Kihnu_vallakohus, lk 4
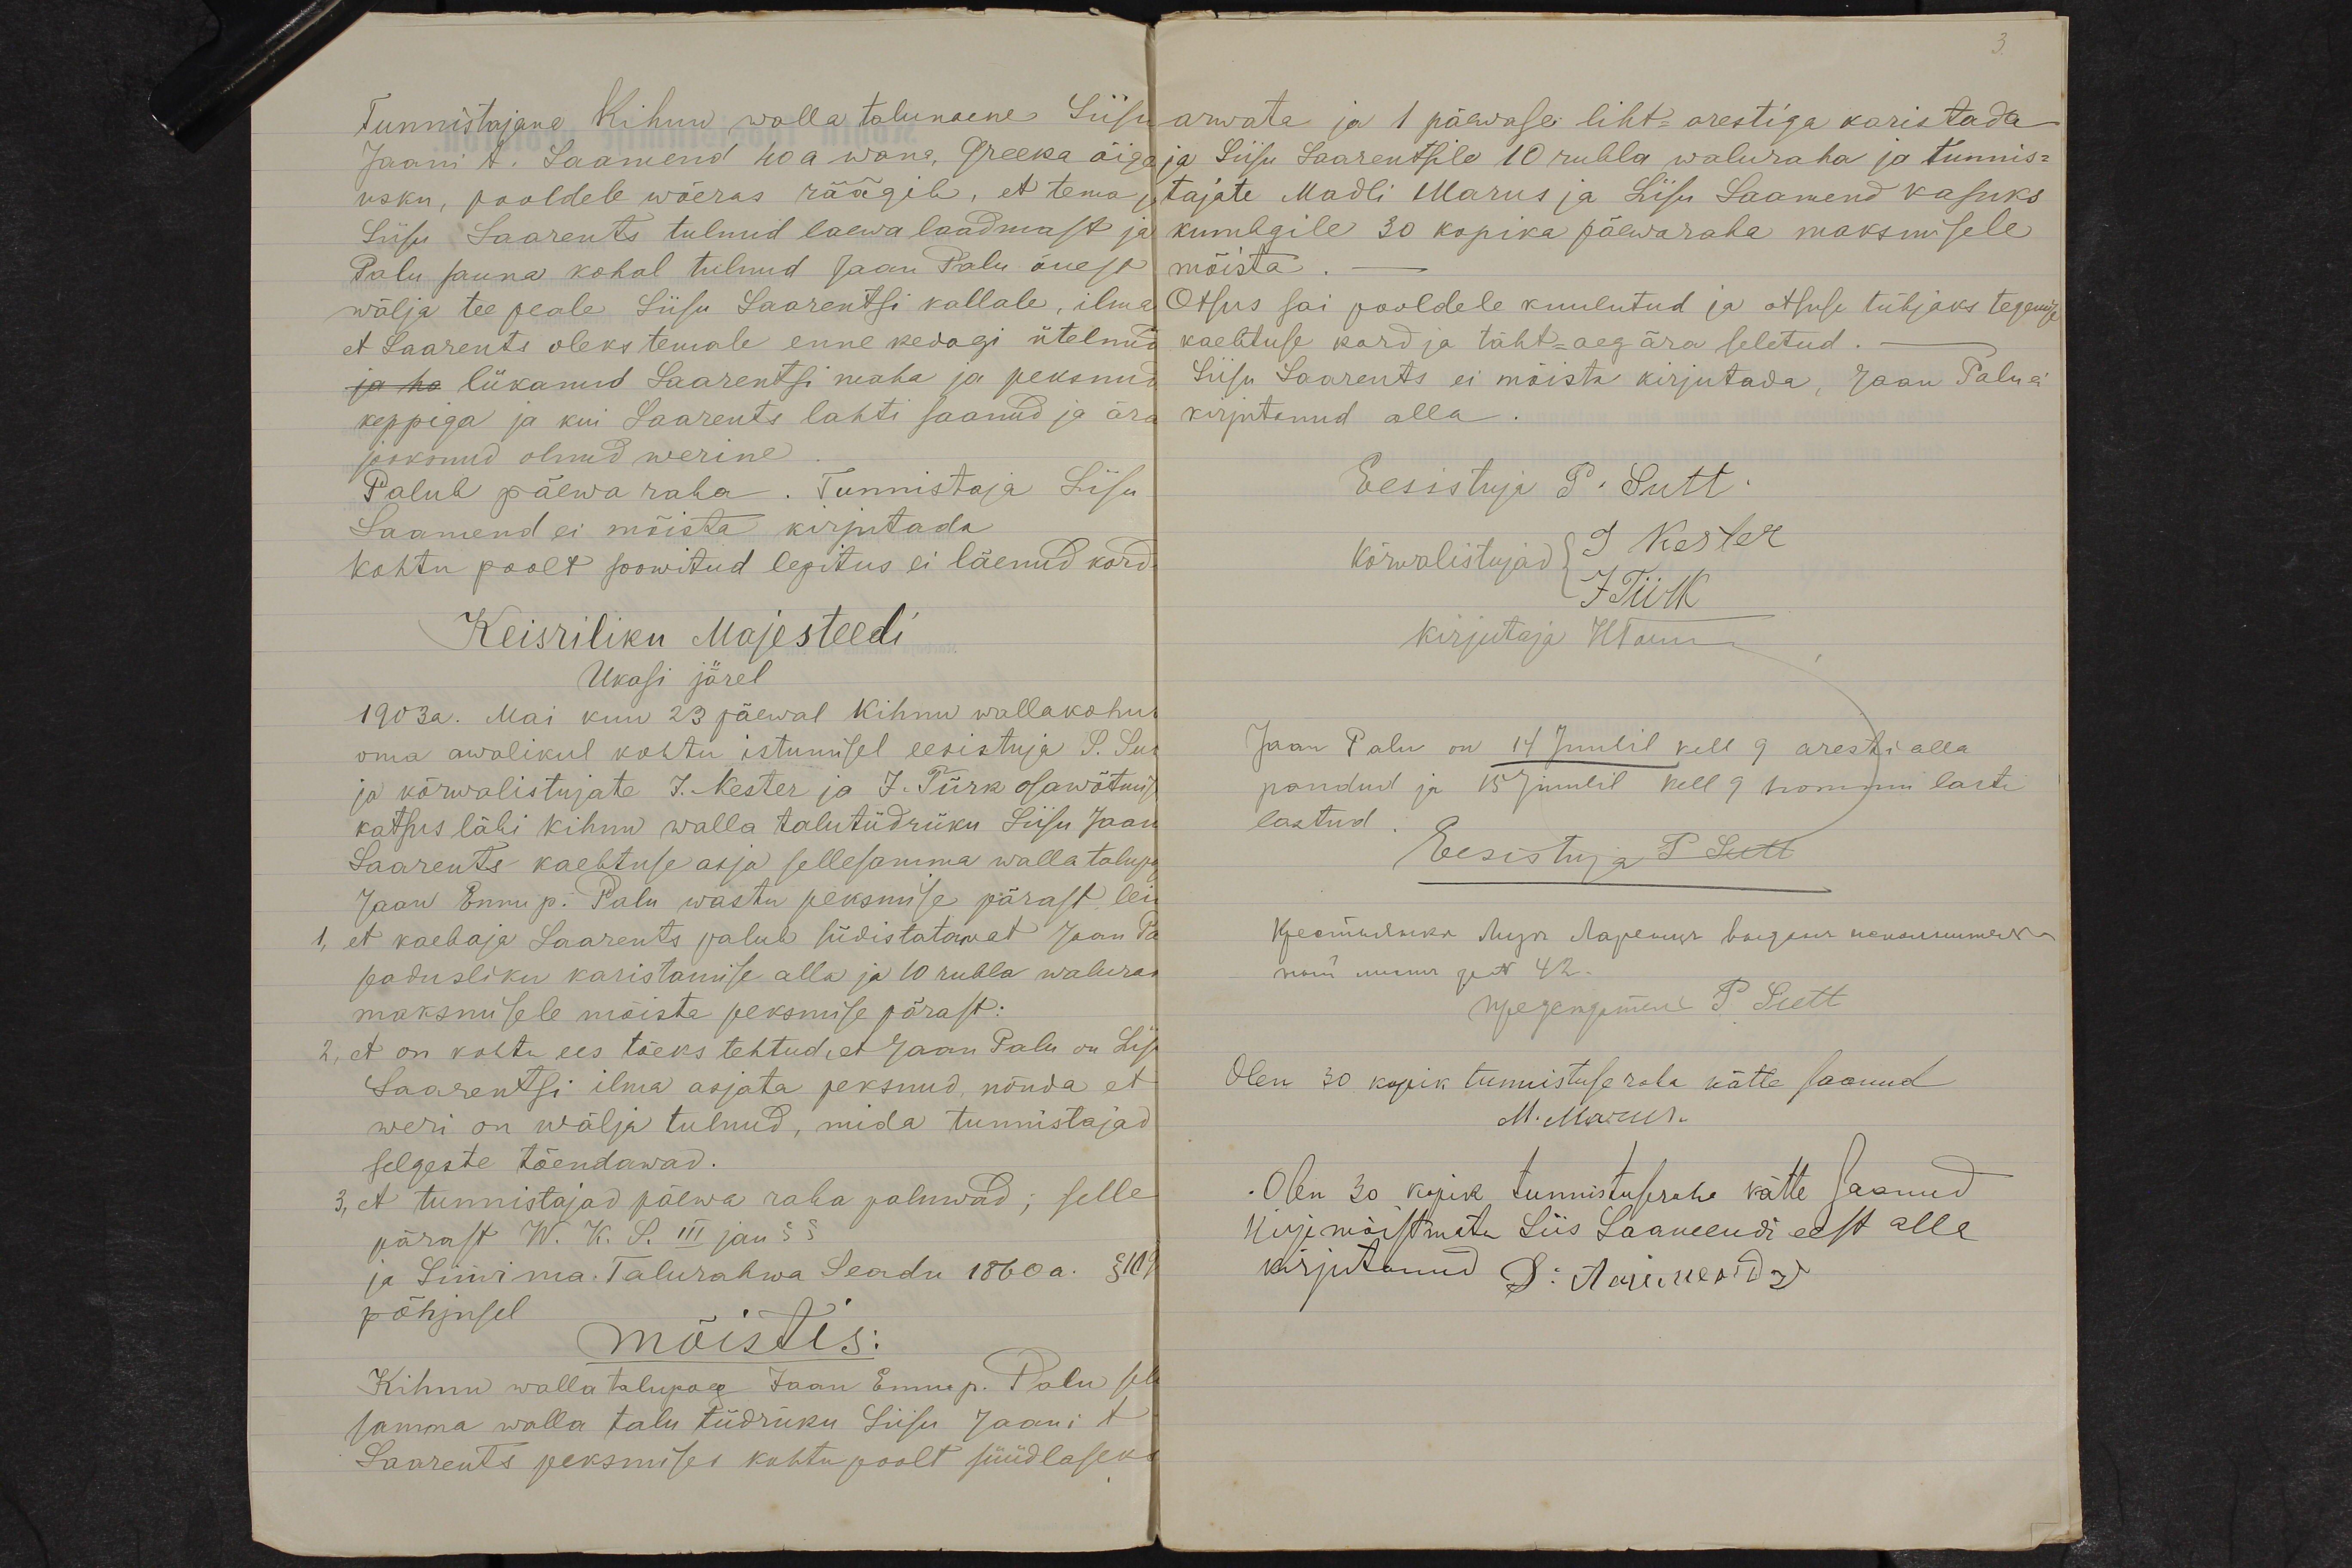
Tunnistajana Kihnu walla talunaene Liisid
Jaani t. Laamend 40a wana, Greeka õige
usku, pooldele wõeras räägib, et tema ja
Liisu Saarents tulnud laewa laadmast ja
Palu sauna kohal tulnud Jaan Palu õuest
wälja tee peale Liisu Saarentsi kallale, ilma
et Saarents oleks temale enne kedagi ütelnud
lükanud Saarentsi maha ja peksnud
keppega ja kui Saarents lahti saanud ja ära
jooksnud olnud werine
Palub päewa raha. Tunnistaja Lisu
Laamend ei mõista kirjutada
kohtu poolt soowitud lepitus ei läenud kord
Keisriliku Majesteedi
Ukasi järel
1903a. Mai kuu 23 päewal Kihnu wallakohus
oma awalikul kohtu istumisel eesistuja P. Su
ja kõrwalistujate J. Kester ja J. Türk osawõtmis
katsus läbi kihnu walla talutüdruku Liisu Jaan
Saarents kaebtuse asja sellesamma walla talupo
Jaan Ennu p. Palu wastu peksmise pärast lei
1, et kaebaja Saarents palub südistatawat Jaan Pa
seadusliku karistamise alla ja 10 rubla walura
maksmisele mõista peksmise pärast:
2, et on kohtu ees tõeks tehtud, et Jaan Palu on Lis
Saarentsi ilma asjata peksnud, nõnda et
weri on wälja tulnud, mida tunnistajad
selgeste tõendawad.
3, et tunnistajad päewa raha paluwad; selle
pärast W. K. S. III jau § §
ja Liiwimaa Talurahwa Seadu 1860a. §109
põhjusel
mõistis:
Kihnu walla talupoeg Jaan Ennu p. Palu sel
samma walla talu tüdruku Liisu Jaani t.
Saarents peksmises kohtu poolt süüdlaseks

arwata ja 1 päewase liht-arestiga karistada
ja Liisu Saarentsile 10 rubla waluraha ja tunnis-
tajate Madli Marus ja Liisu Laamend kasuks
kumbgile 30 kopika päewaraha maksmisele
mõista
Otsus sai pooldele kuulutud ja otsuse tühjaks tegemise
kaebtuse kord ja täht-aeg ära seletud.
Liisu Saarents ei mõista kirjutada, Jaan Palu ei
kirjutanud olla
Eesistuja P. Sutt
Kõrwalistujad J Köster
J Tiirk
kirjutaja HTamm
Jaan Palu on 14 Juulil kell 9 aresti alla
pandud ja 15 juulil kell 9 hommi lasti
lastud
Eesistuja P. Sutt
P. Sutt
Olen 30 kopik tunnistuse raha kätte saanud
M. Marus.
Olen 30 kopik tunnistusraha kätte saanud
kirjamõistmete Liis Saamendi eest alla
kirjutanud D: Aaiuekide